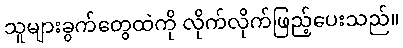
သူများခွက်တွေထဲကို လိုက်လိုက်ဖြည့်ပေးသည်။